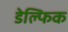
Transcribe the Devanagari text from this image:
डेल्फिक